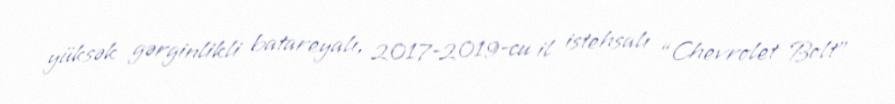
yüksək gərginlikli batareyalı, 2017-2019-cu il istehsalı “Chevrolet Bolt”